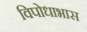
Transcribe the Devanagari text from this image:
विपोधाभास